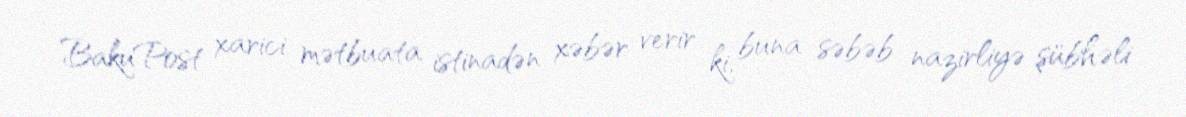
BakuPost xarici mətbuata istinadən xəbər verir ki, buna səbəb nazirliyə şübhəli